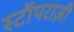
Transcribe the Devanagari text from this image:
स्टॉपराज़ी